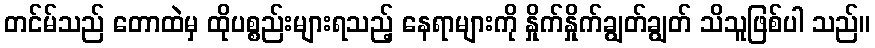
တင်မ်သည် တောထဲမှ ထိုပစ္စည်းများရသည့် နေရာများကို နှိုက်နှိုက်ချွတ်ချွတ် သိသူဖြစ်ပါ သည်။